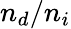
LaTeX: n_{d}/n_{i}